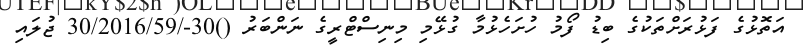
އަތޮޅުގެ ފަޅުރަށްތަކުގެ ބިޑު ފޯމު ހުށަހެޅުމާ ގުޅޭމި މިނިސްޓްރީގެ ނަންބަރު ()30-/30/2016/59 ޖުލައި